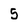
Character: 5